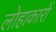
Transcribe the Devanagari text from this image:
लोहाकारों